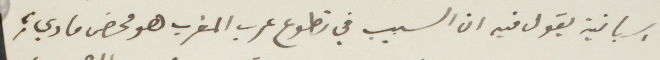
اسبانية يقول فيه ان السبب في تطوع عرب المغرب هو محض مادي،